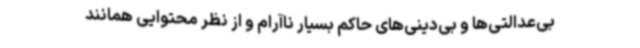
بی‌عدالتی‌ها و بی‌دینی‌های حاکم بسیار ناآرام و از نظر محتوایی همانند